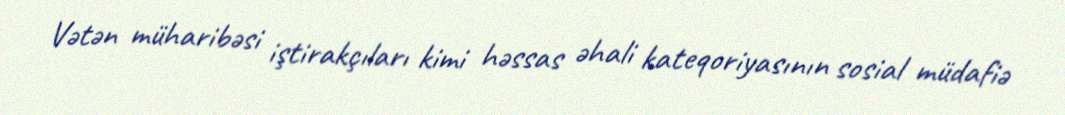
Vətən müharibəsi iştirakçıları kimi həssas əhali kateqoriyasının sosial müdafiə